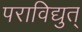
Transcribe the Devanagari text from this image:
पराविद्युत्